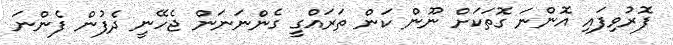
ފޮރުވިފައި އޮންނަ ގޮތަކަށް ނޫން ކަން ތަރައްގީ ގެންނަނަން ޖެހޭނީ ދެފުން ފެންނަ